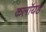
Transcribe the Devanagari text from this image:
कलॉयड